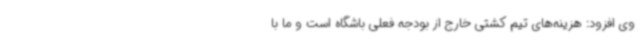
وی افزود: هزینه‌های تیم کشتی خارج از بودجه فعلی باشگاه است و ما با